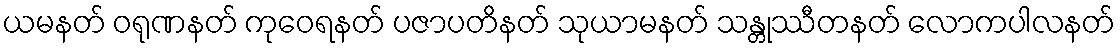
ယမနတ် ဝရုဏနတ် ကုဝေရနတ် ပဇာပတိနတ် သုယာမနတ် သန္တုဿီတနတ် လောကပါလနတ်